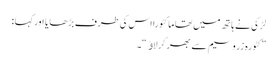
لڑکی نے ہاتھ میں تھا ما کٹورا اس کی طرف بڑھا یا اورکہا :
”کٹورہ زروسیم سے بھر کرلاﺅ“۔